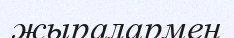
жыралармен